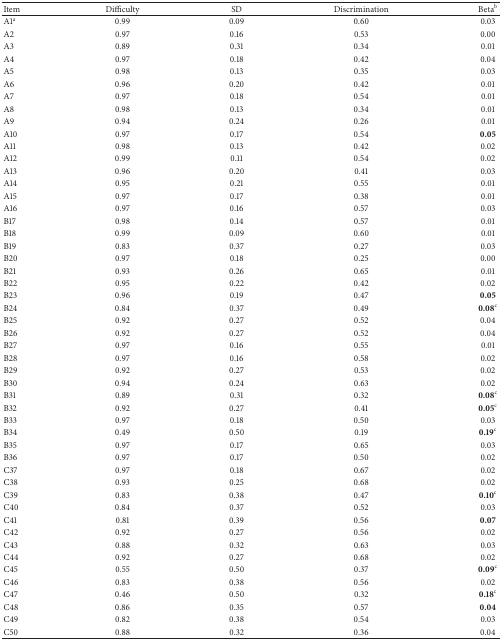
<table><thead><tr><td><b>Item</b></td><td><b>Difficulty</b></td><td><b>SD</b></td><td><b>Discrimination</b></td><td><b>Beta<sup>b</sup></b></td></tr></thead><tbody><tr><td>A1<sup>a</sup></td><td>0.99</td><td>0.09</td><td>0.60</td><td>0.03</td></tr><tr><td>A2</td><td>0.97</td><td>0.16</td><td>0.53</td><td>0.00</td></tr><tr><td>A3</td><td>0.89</td><td>0.31</td><td>0.34</td><td>0.01</td></tr><tr><td>A4</td><td>0.97</td><td>0.18</td><td>0.42</td><td>0.04</td></tr><tr><td>A5</td><td>0.98</td><td>0.13</td><td>0.35</td><td>0.03</td></tr><tr><td>A6</td><td>0.96</td><td>0.20</td><td>0.42</td><td>0.01</td></tr><tr><td>A7</td><td>0.97</td><td>0.18</td><td>0.54</td><td>0.01</td></tr><tr><td>A8</td><td>0.98</td><td>0.13</td><td>0.34</td><td>0.01</td></tr><tr><td>A9</td><td>0.94</td><td>0.24</td><td>0.26</td><td>0.01</td></tr><tr><td>A10</td><td>0.97</td><td>0.17</td><td>0.54</td><td><b>0.05</b></td></tr><tr><td>A11</td><td>0.98</td><td>0.13</td><td>0.42</td><td>0.02</td></tr><tr><td>A12</td><td>0.99</td><td>0.11</td><td>0.54</td><td>0.02</td></tr><tr><td>A13</td><td>0.96</td><td>0.20</td><td>0.41</td><td>0.03</td></tr><tr><td>A14</td><td>0.95</td><td>0.21</td><td>0.55</td><td>0.01</td></tr><tr><td>A15</td><td>0.97</td><td>0.17</td><td>0.38</td><td>0.01</td></tr><tr><td>A16</td><td>0.97</td><td>0.16</td><td>0.57</td><td>0.03</td></tr><tr><td>B17</td><td>0.98</td><td>0.14</td><td>0.57</td><td>0.01</td></tr><tr><td>B18</td><td>0.99</td><td>0.09</td><td>0.60</td><td>0.01</td></tr><tr><td>B19</td><td>0.83</td><td>0.37</td><td>0.27</td><td>0.03</td></tr><tr><td>B20</td><td>0.97</td><td>0.18</td><td>0.25</td><td>0.00</td></tr><tr><td>B21</td><td>0.93</td><td>0.26</td><td>0.65</td><td>0.01</td></tr><tr><td>B22</td><td>0.95</td><td>0.22</td><td>0.42</td><td>0.02</td></tr><tr><td>B23</td><td>0.96</td><td>0.19</td><td>0.47</td><td><b>0.05</b></td></tr><tr><td>B24</td><td>0.84</td><td>0.37</td><td>0.49</td><td><b>0.08</b><sup>c</sup></td></tr><tr><td>B25</td><td>0.92</td><td>0.27</td><td>0.52</td><td>0.04</td></tr><tr><td>B26</td><td>0.92</td><td>0.27</td><td>0.52</td><td>0.04</td></tr><tr><td>B27</td><td>0.97</td><td>0.16</td><td>0.55</td><td>0.01</td></tr><tr><td>B28</td><td>0.97</td><td>0.16</td><td>0.58</td><td>0.02</td></tr><tr><td>B29</td><td>0.92</td><td>0.27</td><td>0.53</td><td>0.02</td></tr><tr><td>B30</td><td>0.94</td><td>0.24</td><td>0.63</td><td>0.02</td></tr><tr><td>B31</td><td>0.89</td><td>0.31</td><td>0.32</td><td><b>0.08</b><sup>c</sup></td></tr><tr><td>B32</td><td>0.92</td><td>0.27</td><td>0.41</td><td><b>0.05</b><sup>c</sup></td></tr><tr><td>B33</td><td>0.97</td><td>0.18</td><td>0.50</td><td>0.03</td></tr><tr><td>B34</td><td>0.49</td><td>0.50</td><td>0.19</td><td><b>0.19</b><sup>c</sup></td></tr><tr><td>B35</td><td>0.97</td><td>0.17</td><td>0.65</td><td>0.03</td></tr><tr><td>B36</td><td>0.97</td><td>0.17</td><td>0.50</td><td>0.02</td></tr><tr><td>C37</td><td>0.97</td><td>0.18</td><td>0.67</td><td>0.02</td></tr><tr><td>C38</td><td>0.93</td><td>0.25</td><td>0.68</td><td>0.02</td></tr><tr><td>C39</td><td>0.83</td><td>0.38</td><td>0.47</td><td><b>0.10</b><sup>c</sup></td></tr><tr><td>C40</td><td>0.84</td><td>0.37</td><td>0.52</td><td>0.03</td></tr><tr><td>C41</td><td>0.81</td><td>0.39</td><td>0.56</td><td><b>0.07</b></td></tr><tr><td>C42</td><td>0.92</td><td>0.27</td><td>0.56</td><td>0.02</td></tr><tr><td>C43</td><td>0.88</td><td>0.32</td><td>0.63</td><td>0.03</td></tr><tr><td>C44</td><td>0.92</td><td>0.27</td><td>0.68</td><td>0.02</td></tr><tr><td>C45</td><td>0.55</td><td>0.50</td><td>0.37</td><td><b>0.09</b><sup>c</sup></td></tr><tr><td>C46</td><td>0.83</td><td>0.38</td><td>0.56</td><td>0.02</td></tr><tr><td>C47</td><td>0.46</td><td>0.50</td><td>0.32</td><td><b>0.18</b><sup>c</sup></td></tr><tr><td>C48</td><td>0.86</td><td>0.35</td><td>0.57</td><td><b>0.04</b></td></tr><tr><td>C49</td><td>0.82</td><td>0.38</td><td>0.54</td><td>0.03</td></tr><tr><td>C50</td><td>0.88</td><td>0.32</td><td>0.36</td><td>0.04</td></tr></tbody></table>